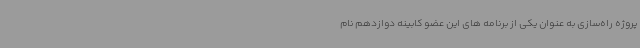
پروژه راه‌سازی به عنوان یکی از برنامه های این عضو کابینه دوازدهم نام